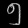
Digit: ၅